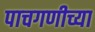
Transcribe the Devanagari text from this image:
पाचगणीच्या